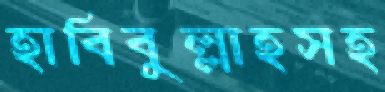
হাবিবুল্লাহসহ